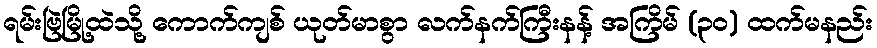
ရမ်းဗြဲမြို့ထဲသို့ ကောက်ကျစ် ယုတ်မာစွာ လက်နက်ကြီးနန့် အကြိမ် (၃၀) ထက်မနည်း